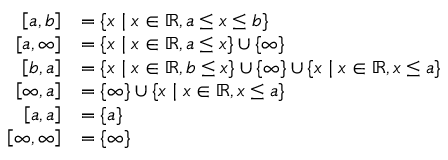
{ \begin{array} { r l } { \left[ a , b \right] } & { = \lbrace x \mid x \in \mathbb { R } , a \leq x \leq b \rbrace } \\ { \left[ a , \infty \right] } & { = \lbrace x \mid x \in \mathbb { R } , a \leq x \rbrace \cup \lbrace \infty \rbrace } \\ { \left[ b , a \right] } & { = \lbrace x \mid x \in \mathbb { R } , b \leq x \rbrace \cup \lbrace \infty \rbrace \cup \lbrace x \mid x \in \mathbb { R } , x \leq a \rbrace } \\ { \left[ \infty , a \right] } & { = \lbrace \infty \rbrace \cup \lbrace x \mid x \in \mathbb { R } , x \leq a \rbrace } \\ { \left[ a , a \right] } & { = \{ a \} } \\ { \left[ \infty , \infty \right] } & { = \lbrace \infty \rbrace } \end{array} }